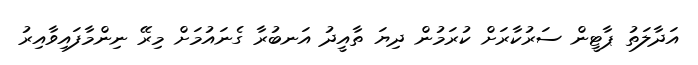
އަދާލަތު ޕާޓީން ސަރުކާރަށް ކުރަމުން ދިޔަ ތާއީދު އަނބުރާ ގެނައުމަށް މިރޭ ނިންމާފައިވާއިރު